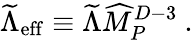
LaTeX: {\widetilde\Lambda}_{\mathrm{eff}}\equiv{\widetilde\Lambda}{\widehat M}_{P}^{D-3}~.